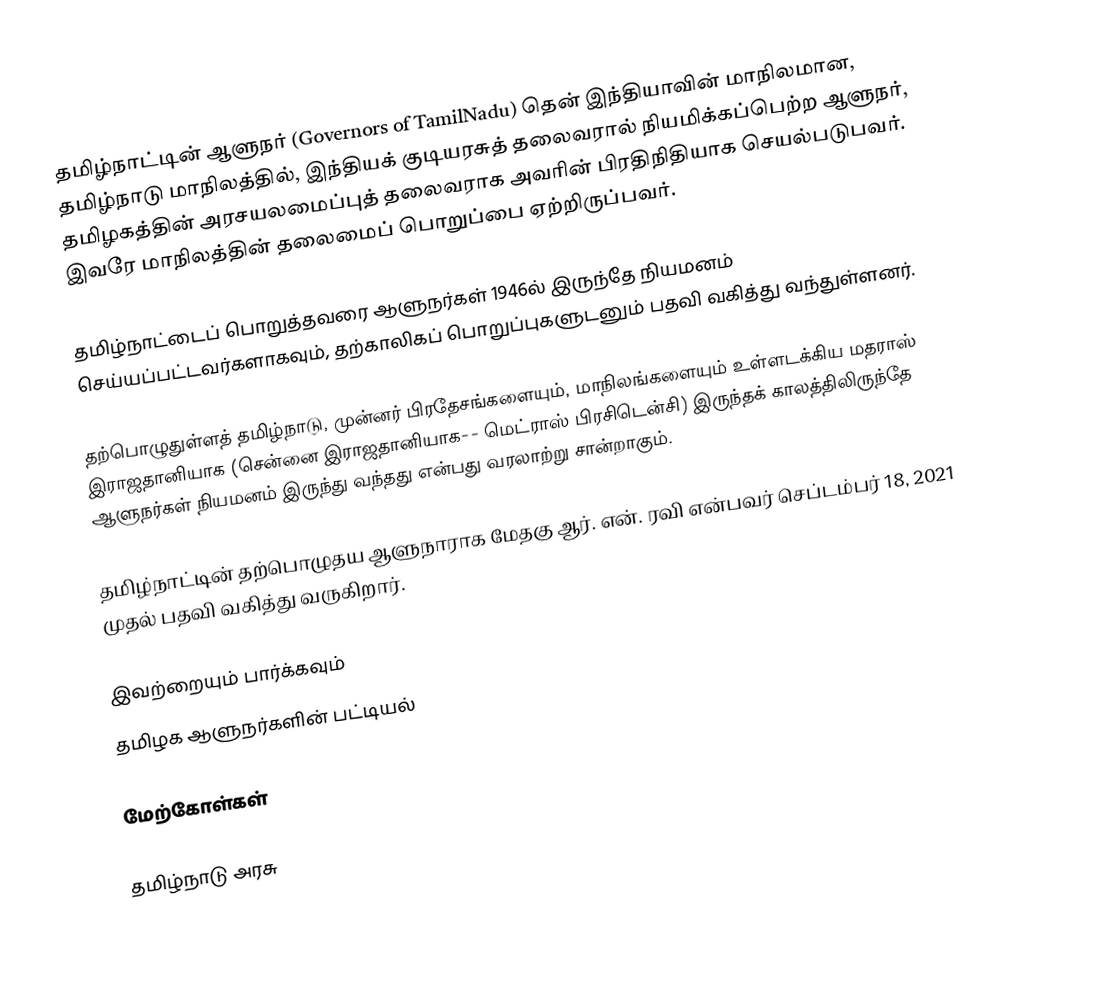
தமிழ்நாட்டின் ஆளுநர் (Governors of TamilNadu) தென் இந்தியாவின் மாநிலமான, தமிழ்நாடு மாநிலத்தில், இந்தியக் குடியரசுத் தலைவரால் நியமிக்கப்பெற்ற ஆளுநர், தமிழகத்தின் அரசயலமைப்புத் தலைவராக அவரின் பிரதிநிதியாக செயல்படுபவர். இவரே மாநிலத்தின் தலைமைப் பொறுப்பை ஏற்றிருப்பவர்.

தமிழ்நாட்டைப் பொறுத்தவரை ஆளுநர்கள் 1946ல் இருந்தே நியமனம் செய்யப்பட்டவர்களாகவும், தற்காலிகப் பொறுப்புகளுடனும் பதவி வகித்து வந்துள்ளனர்.

தற்பொழுதுள்ளத் தமிழ்நாடு, முன்னர் பிரதேசங்களையும், மாநிலங்களையும் உள்ளடக்கிய மதராஸ் இராஜதானியாக (சென்னை இராஜதானியாக-- மெட்ராஸ் பிரசிடென்சி) இருந்தக் காலத்திலிருந்தே ஆளுநர்கள் நியமனம் இருந்து வந்தது என்பது வரலாற்று சான்றாகும்.

தமிழ்நாட்டின் தற்பொழுதய ஆளுநாராக மேதகு ஆர். என். ரவி என்பவர் செப்டம்பர்  18, 2021 முதல் பதவி வகித்து வருகிறார்.

இவற்றையும் பார்க்கவும்
தமிழக ஆளுநர்களின் பட்டியல்

மேற்கோள்கள்

தமிழ்நாடு அரசு